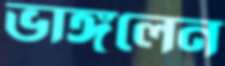
ভাঙ্গলেন